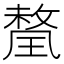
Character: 𭹯